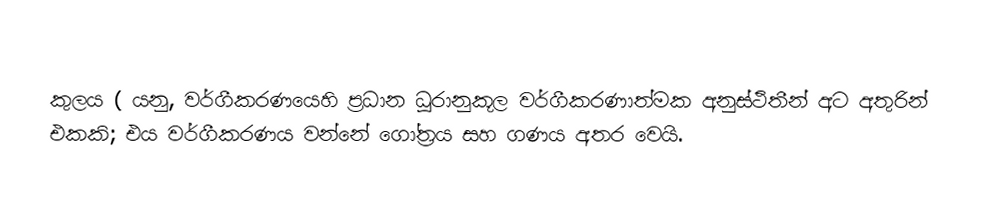
කුලය ( යනු, වර්ගීකරණයෙහි ප්‍රධාන ධූරානුකූල  වර්ගීකරණාත්මක අනුස්ථිතීන්   අට අතුරින් එකකි; එය වර්ගීකරණය වන්නේ ගෝත්‍රය සහ ගණය අතර වෙයි.